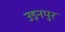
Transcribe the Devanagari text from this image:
उड़नपुर